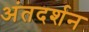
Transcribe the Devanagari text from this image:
अंतदर्शन